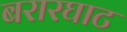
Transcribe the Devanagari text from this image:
बरारघाट